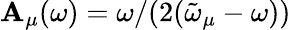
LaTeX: \mathbf{A}_{\mu}(\omega)=\omega/(2(\tilde{{\omega}}_{\mu}-\omega))